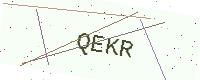
Text: QEKR